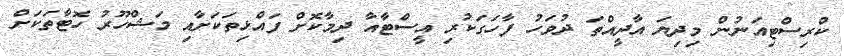
ކްރިސްޓިއަނުން މިދިޔަ އާދީއްތަ ދުވަހު ފާހަގަކުރި އީސްޓާއާ ދިމާކޮށް ފައްޅިތަކަށާއި މަޝްހޫރު ހޮޓާތަކަށް